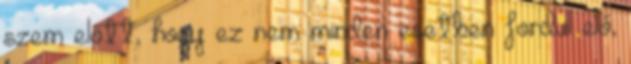
szem előtt, hogy ez nem minden esetben fordul elő,